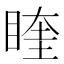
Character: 睳